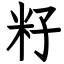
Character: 籽